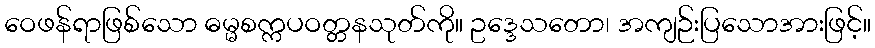
ဝေဖန်ရာဖြစ်သော ဓမ္မစက္ကပဝတ္တနသုတ်ကို။ ဥဒ္ဒေသတော၊ အကျဉ်းပြသောအားဖြင့်။